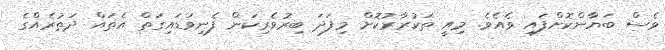
ވެސް ބަޔާންކޮށްފައި ވެއެވެ. މިއީ ތަކުރާރުކޮށް މިފަދަ ބިރުވެރިކަން ފެނިވަޑައިގަތް އެތައް ދަތުރެއްގެ